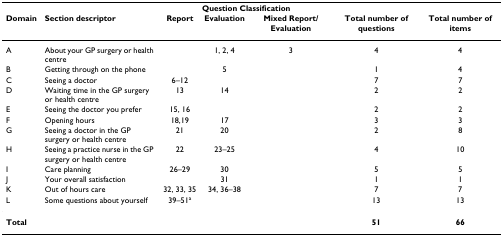
<table><thead><tr><td></td><td></td><td colspan="3"><b>Question Classification</b></td><td></td><td></td></tr><tr><td><b>Domain</b></td><td><b>Section descriptor</b></td><td><b>Report</b></td><td><b>Evaluation</b></td><td><b>Mixed Report/Evaluation</b></td><td><b>Total number of questions</b></td><td><b>Total number of items</b></td></tr></thead><tbody><tr><td>A</td><td>About your GP surgery or health centre</td><td></td><td>1, 2, 4</td><td>3</td><td>4</td><td>4</td></tr><tr><td>B</td><td>Getting through on the phone</td><td></td><td>5</td><td></td><td>1</td><td>4</td></tr><tr><td>C</td><td>Seeing a doctor</td><td>6–12</td><td></td><td></td><td>7</td><td>7</td></tr><tr><td>D</td><td>Waiting time in the GP surgery or health centre</td><td>13</td><td>14</td><td></td><td>2</td><td>2</td></tr><tr><td>E</td><td>Seeing the doctor you prefer</td><td>15, 16</td><td></td><td></td><td>2</td><td>2</td></tr><tr><td>F</td><td>Opening hours</td><td>18,19</td><td>17</td><td></td><td>3</td><td>3</td></tr><tr><td>G</td><td>Seeing a doctor in the GP surgery or health centre</td><td>21</td><td>20</td><td></td><td>2</td><td>8</td></tr><tr><td>H</td><td>Seeing a practice nurse in the GP surgery or health centre</td><td>22</td><td>23–25</td><td></td><td>4</td><td>10</td></tr><tr><td>I</td><td>Care planning</td><td>26–29</td><td>30</td><td></td><td>5</td><td>5</td></tr><tr><td>J</td><td>Your overall satisfaction</td><td></td><td>31</td><td></td><td>1</td><td>1</td></tr><tr><td>K</td><td>Out of hours care</td><td>32, 33, 35</td><td>34, 36–38</td><td></td><td>7</td><td>7</td></tr><tr><td>L</td><td>Some questions about yourself</td><td>39–51<sup>a</sup></td><td></td><td></td><td>13</td><td>13</td></tr><tr><td><b>Total</b></td><td></td><td></td><td></td><td></td><td><b>51</b></td><td><b>66</b></td></tr></tbody></table>